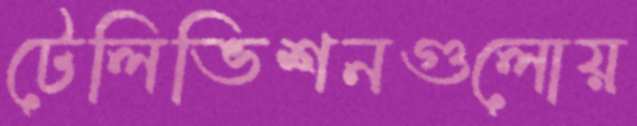
টেলিভিশনগুলোয়